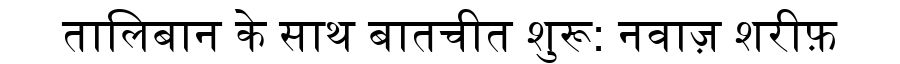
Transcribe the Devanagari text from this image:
तालिबान के साथ बातचीत शुरू: नवाज़ शरीफ़